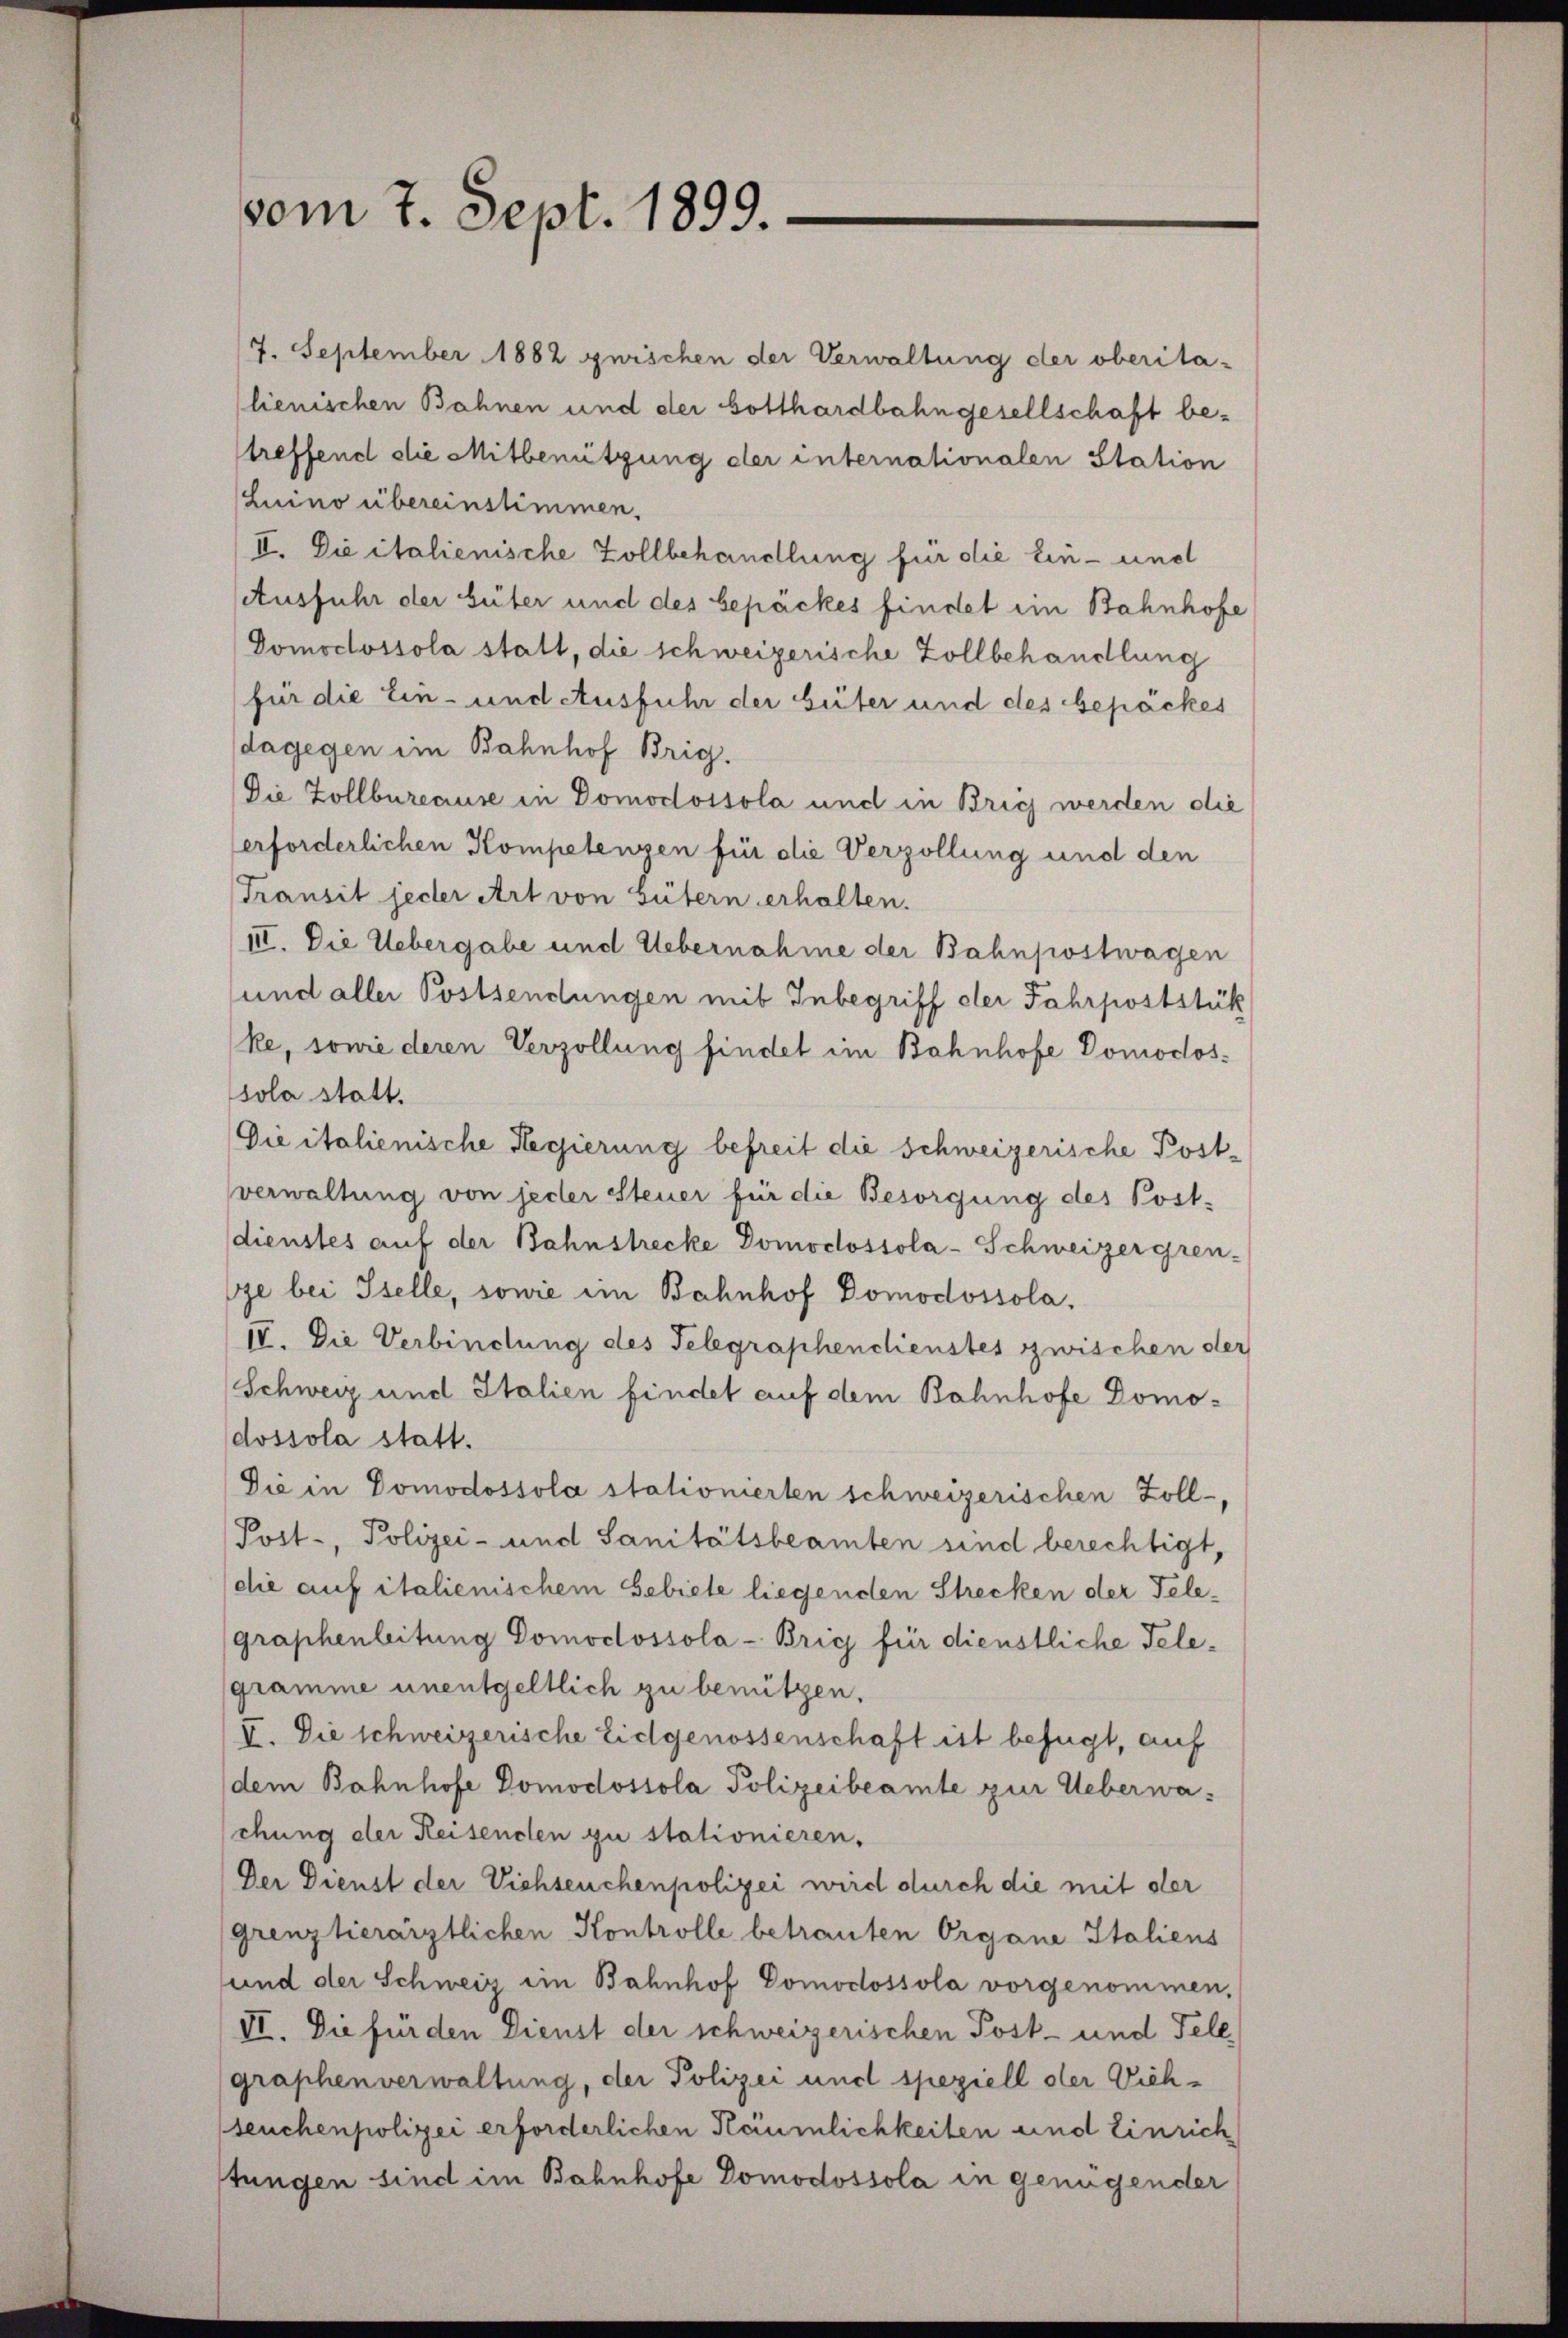
vom 7. Sept. 1899.

7. September 1882 zwischen der Verwaltung der oberita-
lienischen Bahnen und der Gotthardbahngesellschaft be-
treffend die Mitbenützung der internationalen Station
Luino übereinstimmen.
II. Die italienische Zollbehandlung für die Ein- und
Ausfuhr der Güter und des bepäckes findet im Bahnhofe
Domodossola statt, die schweizerische Zollbehandlung
für die Ein- und Ausfuhr der beiter und des Gepäckes
dagegen ein Bahnhof Brig.
Die Zollbureause in Domodossola und in Brich werden die
erforderlichen Kompetenzen für die Verzöllung und den
Transit jeder Art von Gütern erhalten.
III. Die Uebergabe und Uebernahme der Bahnpostwagen
und aller Postsendungen mit Inbegriff der Fahrpoststük
ke, sowie deren Verzöllung findet im Bahnhofe Domodossola statt.
Die italienische Regierung befreit die Schweizerische Post-
verwaltung von jeder Steuer für die Besorgung des Post-
sdienstes auf der Bahnstrecke Domodossola-Schweizergren-
ze bei Iselle, sowie im Bahnhof Domodossola,
IV. Die Verbindung des Telegraphendienstes zwischen der
Schweiz und Italien findet auf dem Bahnhofe Domodossola statt.
Die in Domodossola stationierten schweizerischen Zoll-
Post-, Polizei- und Sanitätsbeamten sind berechtigt,
(die auf italienischem Gebiete liegenden Strecken der Telegraphenleitung Domodossola-Brig für dienstliche Telegramme unentgeltlich zu benützen.
V. Die schweizerische Eidgenossenschaft ist befügt, auf
dem Bahnhofe Domodossola Polizeibeamte zur Ueberwaschung der Reisenden zu stationieren.
Der Dienst der Viehseuchenpolizei wird durch die mit der
grenz hierärztlichen Kontrolle betrauten Organe Italiens
und der Schweiz ein Bahnhof Domocossola vorgenommen,
VI. Die für den Dienst der schweizerischen Post- und Fell
graphenverwaltung, der Polizei und speziell der Vichseuchenpolizei erforderlichen Räumlichkeiten und Einrich
stungen sind im Bahnhofe Domodossola in genügender